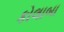
કોલાબા